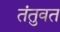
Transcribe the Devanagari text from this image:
तंतुवत